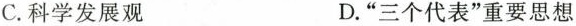
C.科学发展观 D.”三个代表”重要思想